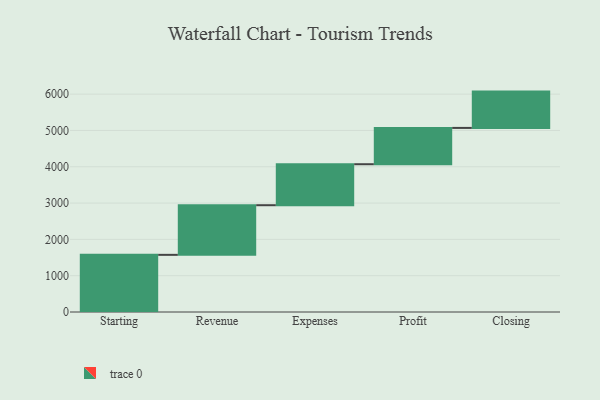
{"axis": {"x": "Step", "y": "Value"}, "legend": [""], "data": [{"x": "Starting", "y": 1574.0, "type": ""}, {"x": "Revenue", "y": 1367.0, "type": ""}, {"x": "Expenses", "y": 1129.0, "type": ""}, {"x": "Profit", "y": 1000, "type": ""}, {"x": "Closing", "y": 1000, "type": ""}]}